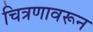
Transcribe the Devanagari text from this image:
चित्रणावरून